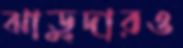
ঝাড়ুদারও